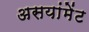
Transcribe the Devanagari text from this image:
असयांमेंट